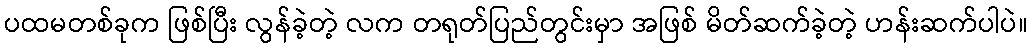
ပထမတစ်ခုက ဖြစ်ပြီး လွန်ခဲ့တဲ့ လက တရုတ်ပြည်တွင်းမှာ အဖြစ် မိတ်ဆက်ခဲ့တဲ့ ဟန်းဆက်ပါပဲ။